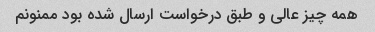
همه چیز عالی و طبق درخواست ارسال شده بود ممنونم